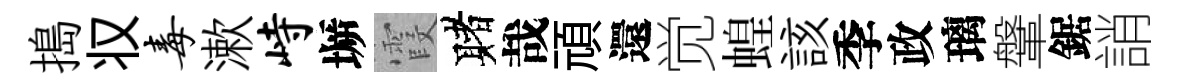
搗𠬧毒漱峙󶱲霞赌哉頑還觉蝗該季政璃鞶鋸誚